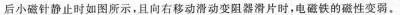
后小磁针静止时如图所示，且向右移动滑动变阻器划片时，电磁铁的磁性变弱。